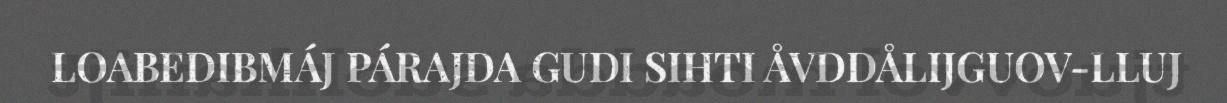
LOABEDIBMÁJ PÁRAJDA GUDI SIHTI ÅVDDÅLIJGUOV-LLUJ